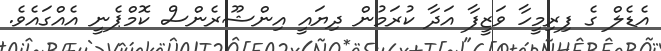
އެޑެލް ގެ ފިރިމީހާ ވަޒީފާ އަދާ ކުރަމުން ދިޔައީ އިންޝޫރެންސް ކޮމްޕެނީ އެއްގައެވެ.